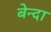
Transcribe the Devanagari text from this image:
बेन्दा